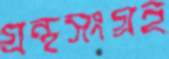
গ্রন্থসংগ্রহ